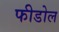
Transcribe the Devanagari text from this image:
फीडोल